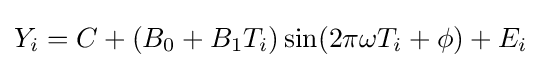
Y_{i}=C+(B_{0}+B_{1}T_{i})\sin(2\pi \omega T_{i}+\phi )+E_{i}